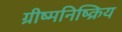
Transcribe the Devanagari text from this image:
ग्रीष्मनिष्क्रिय